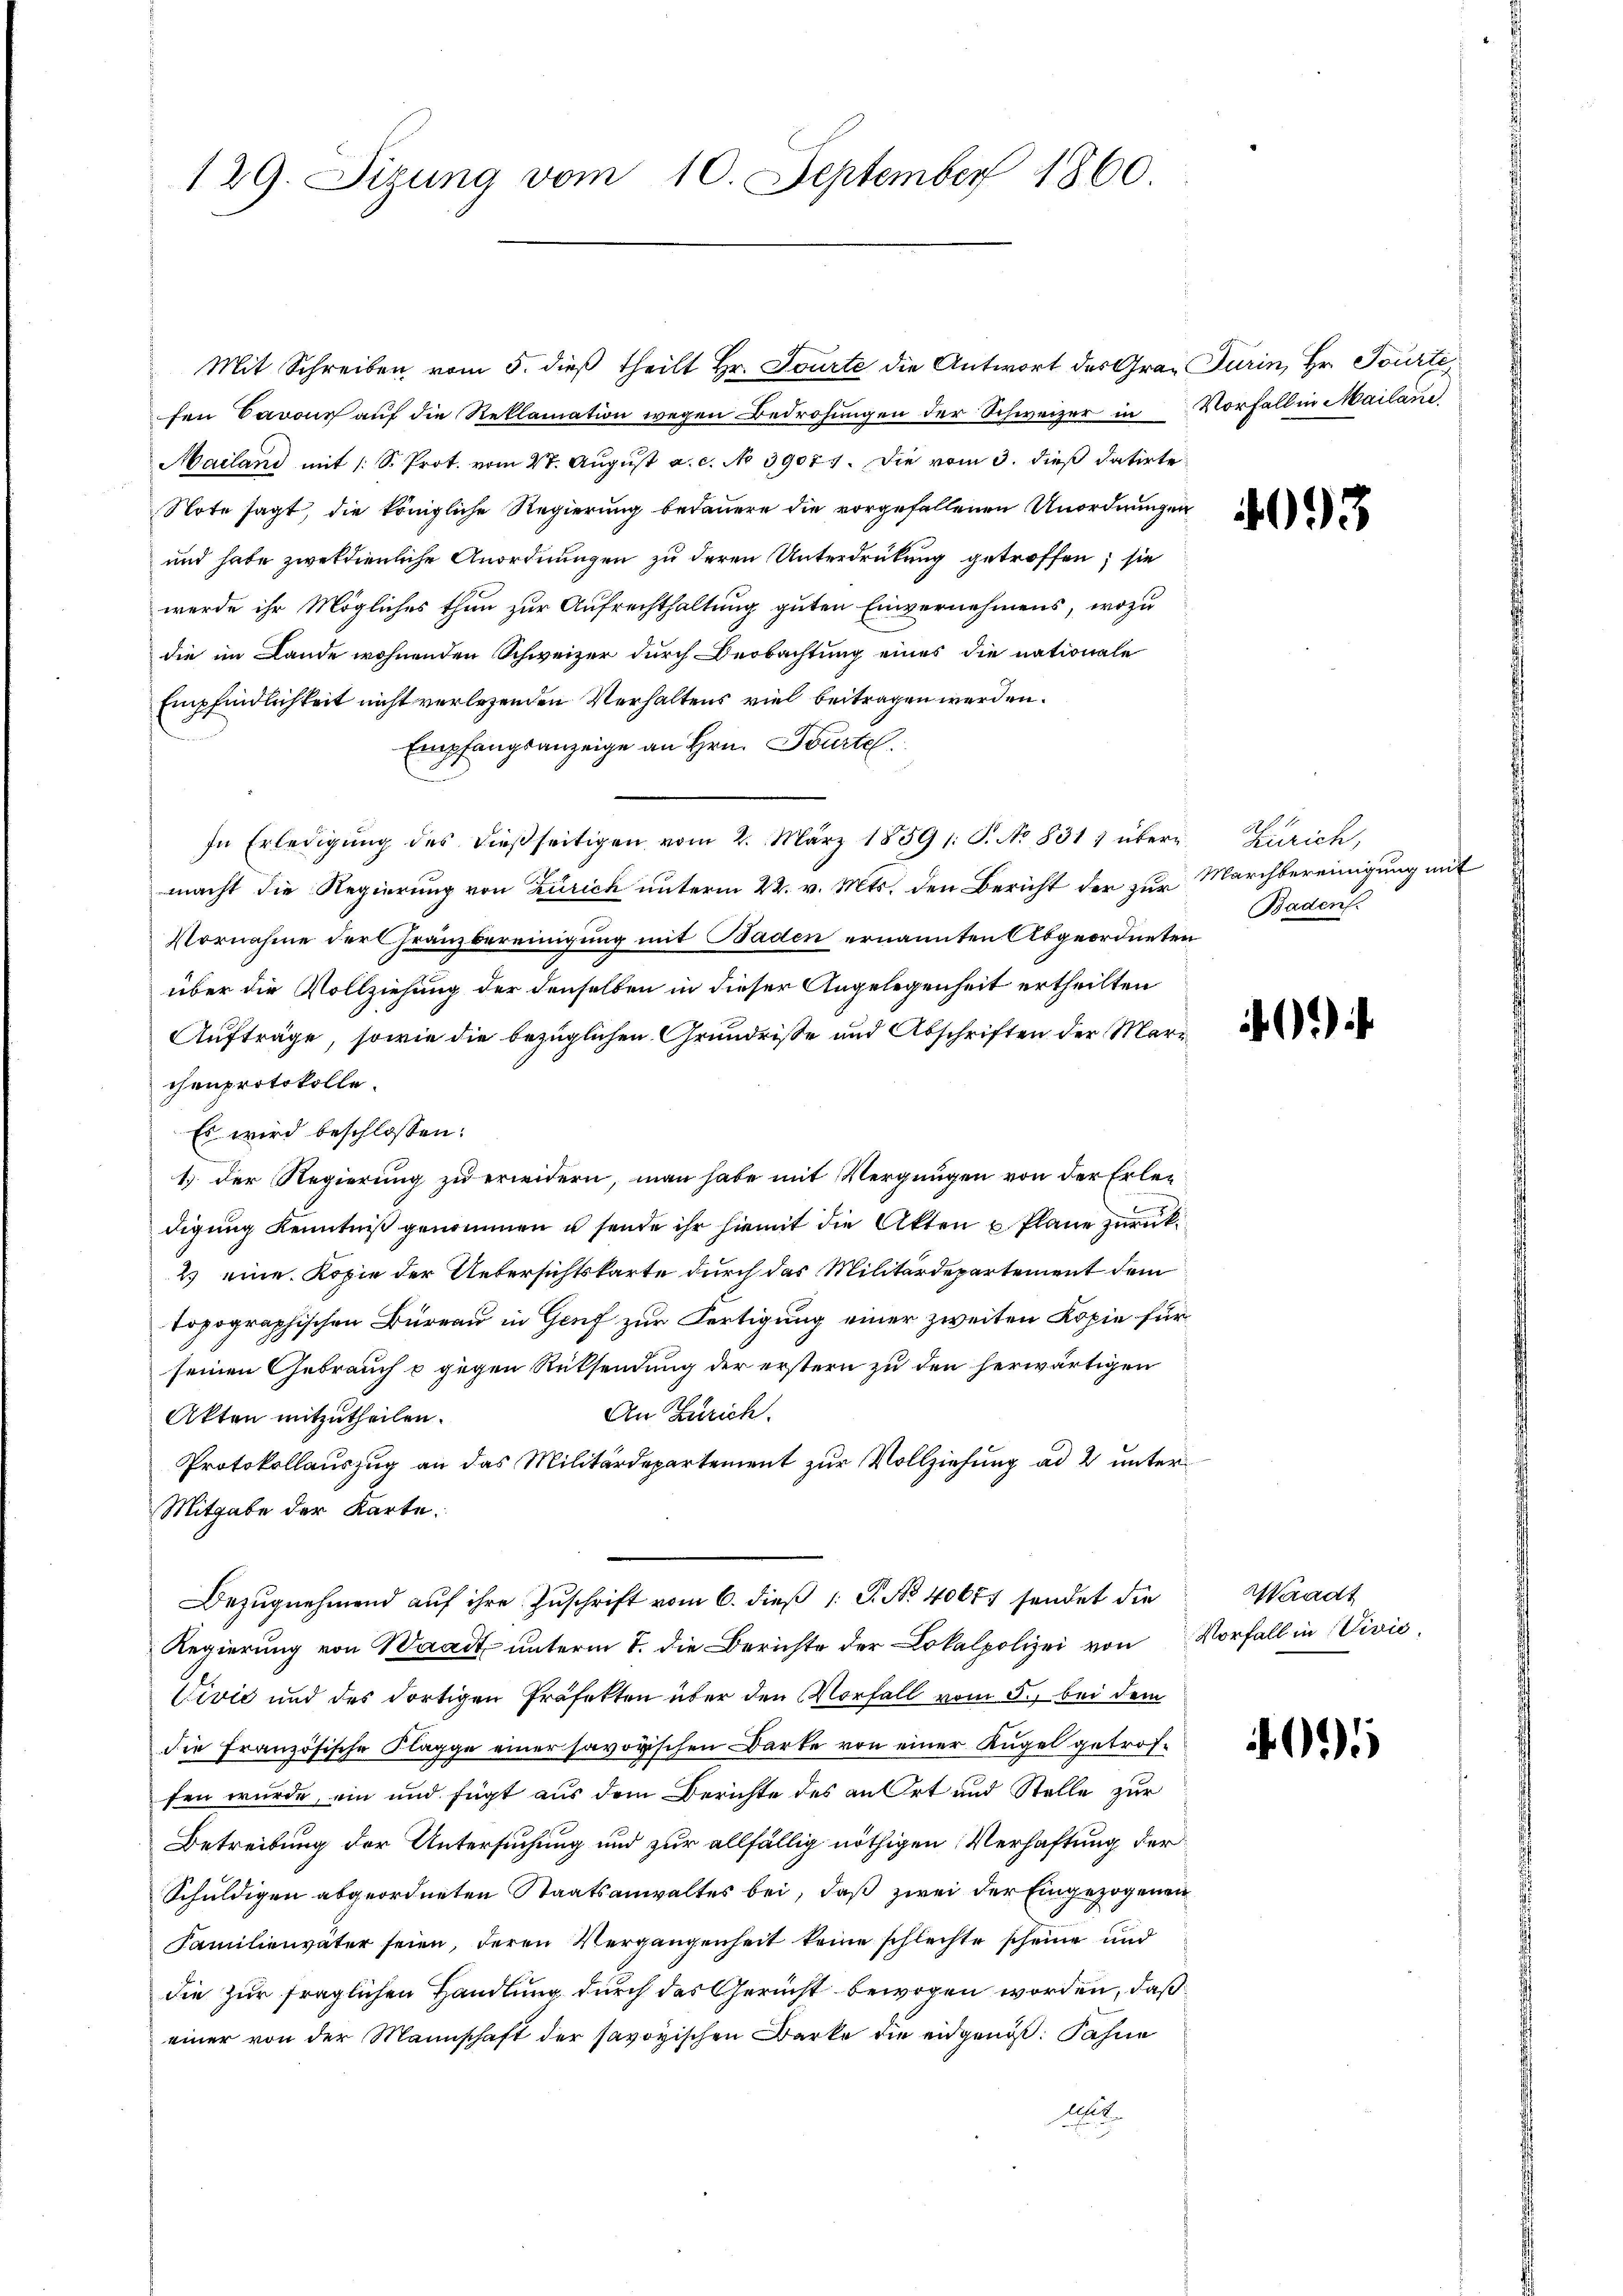
129. Sigung vom 10. September 1860.

Mit Schreiben vom 5. dieß theilt Hr. Tourte die Antwort des Gran Turin, Hr. Tourte
fen Baron auf die Reklamation wegen Bedrohungen der Schweizer in
Mailand mit 1 S. Prot. vom 27. August a. c. No 39077. Die vom 3. dieß datirte
Note sagt, die königliche Regierung bedauern die vorgefallenen Unordnungen
und habe zwekdienliche Anordnungen zu deren Unterdrückung getroffen; sie
werde ihr Mögliches thun zur Aufrechthaltung guten Einvernehmens, wozu
die im Lande wohnenden Schweizer durch Beobachtung eines die nationale
Empfindlichkeit nicht verlesenden Verhaltens viel beitragen werden.
Empfangsanzeige an Hrn. Tourte
In Erledigŭng des dießseitigen vom 2. März 1859 s. S. No 831 , übermacht die Regierung von Zürich unterm 22. v. Mts. den Bericht der zur Marchbereinigung mit
Vornahme der Franzbereinigung mit Baden ernannten Abgeordneten
über die Vollziehung der denselben in dieser Angelegenheit ertheilten
Aufträge, sowie die bezüglichen Grundrisse und Abschriften der Marchenprotokolle.
Es wird beschlossen:
1.) Der Regierung zu erwidern, man habe mit Vergnügen von der Erledigung Kenntniß genommen u sende ihr hiemit die Akten u Plane zurück¬
2) eine Kopie der Uebersichtskarte durch das Militärdepartement dem
topographischen Büreau in Genf zur Fertigung einer zweiten Kopie für
seinen Gebrauch u gegen Rücksendung der erstern zu den herwärtigen
An Zürich.
Akten mitzutheilen.
Protokollauszug an das Militärdepartement zur Vollziehung ad 2 unter¬
Mitgabe der Karte.
Bezŭgnehmend aŭf ihre Zuschrift vom 6. dieß 1 S. No. 40657 sendet die
Regierung von Waadt unterm 7. die Berichte der Lokalpolizei von
Vivić und des dortigen Präfekten über den Vorfall vom 5. bei dem
die Französische Klagge einer savoyischen Darke von einer Kugel getroffen wurde, ein und fügt aus dem Berichte des an Ort und Stelle zur
Betreibung der Untersuchung und zur allfällig nöthigen Verhaftung der
Schuldigen abgeordneten Staatsanwaltes bei, daß zwei der Eingezogenen
Familienväter seien, deren Vergangenheit keine schlechte scheine und
die zur fraglichen Handlung durch das Gericht bewogen worden, daß
einer von der Mannschaft der savoyischen Barke die eidgenöß: Fahne
Alt

Vorfall in Mailane.

4093

Zürich,
Baden.

.

Waadt
Vorfall in Civić,

)